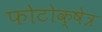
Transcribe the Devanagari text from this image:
फोटोक्षेत्र